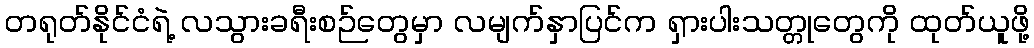
တရုတ်နိုင်ငံရဲ့ လသွားခရီးစဉ်တွေမှာ လမျက်နှာပြင်က ရှားပါးသတ္တုတွေကို ထုတ်ယူဖို့